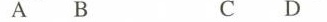
A B C D